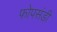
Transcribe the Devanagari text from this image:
फोपसंडी